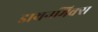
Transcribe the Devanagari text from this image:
डायनमिक्स